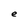
Character: e